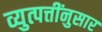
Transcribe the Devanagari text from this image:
व्युत्पत्तींनुसार